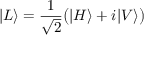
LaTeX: | L \rangle = { \frac { 1 } { \sqrt { 2 } } } { \big ( } | H \rangle + i | V \rangle { \big ) }